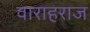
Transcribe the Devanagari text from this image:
वाराहराज